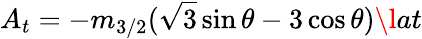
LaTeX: A_{t}=-m_{3/2}(\sqrt{3}\sin\theta-3\cos\theta)\l{at}